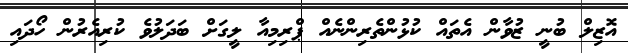
އޮޒިލް ބުނީ ޒުވާން އެތައް ކުޅުންތެރިންނެއް ޕްރިމިއާ ލީގަށް ބަދަލުވެ ކުރިއެރުން ހޯދައި